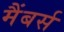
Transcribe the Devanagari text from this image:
मैंबर्स